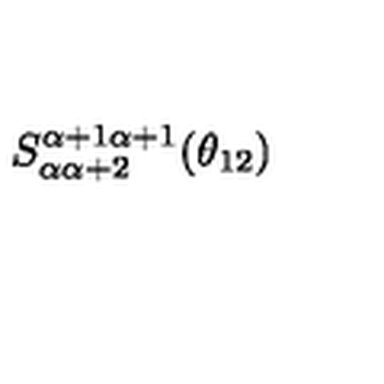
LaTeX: S _ { \alpha \alpha + 2 } ^ { \alpha + 1 \alpha + 1 } ( \theta _ { 1 2 } )